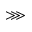
\ggg